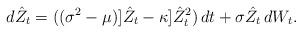
LaTeX: \begin{align*}d\hat Z_t = ((\sigma^2-\mu) ]\hat Z_t-\kappa ]\hat Z_t^2)\,dt+\sigma \hat Z_t \,dW_t.\end{align*}